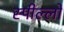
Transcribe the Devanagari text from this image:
स्पील्लो